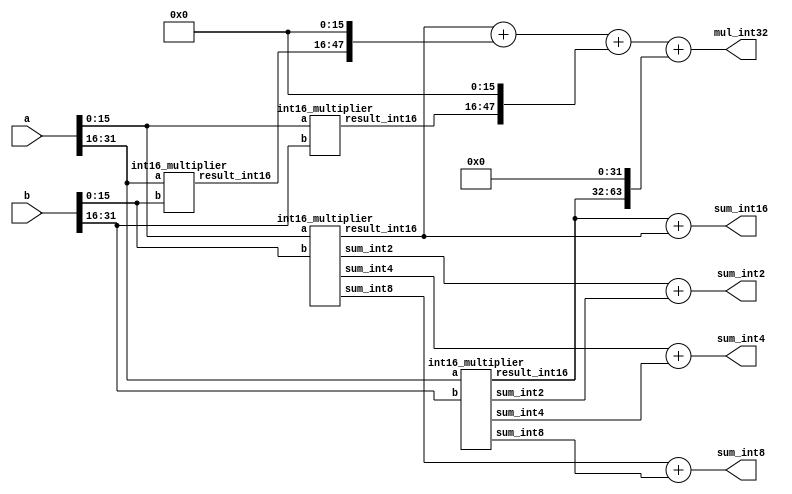

module dp32(
    input [31:0] a, b,
    output [63:0] mul_int32, 
    output [32:0]  sum_int16,
    output [17:0]  sum_int8,
    output [10:0]  sum_int4,
    output [7:0]  sum_int2
 );

wire [31:0] result_int16 [3:0];

wire [6:0]   sum_int2_0, sum_int2_1;
wire [9:0]   sum_int4_0, sum_int4_1;
wire [16:0]  sum_int8_0, sum_int8_1;

assign mul_int32 =    result_int16[0] + {result_int16[1], 16'b0} + {result_int16[2], 16'b0} + {result_int16[3], 32'b0};
assign sum_int16 =    result_int16[3] + result_int16[0];
assign sum_int8  =    sum_int8_0 + sum_int8_1;
assign sum_int4  =    sum_int4_0 + sum_int4_1;
assign sum_int2  =    sum_int2_0 + sum_int2_1;

int16_multiplier m0(.a(a[15:0]), .b(b[15:0]), 
.result_int16(result_int16[0]), 
.sum_int2(sum_int2_0), .sum_int4(sum_int4_0), .sum_int8(sum_int8_0)
);

int16_multiplier m1(.a(a[31:16]), .b(b[15:0]), 
.result_int16(result_int16[1])
// .sum_int2(sum_int2_1), .sum_int4(sum_int4_1), .sum_int8(sum_int8_1)
);

int16_multiplier m2(.a(a[15:0]), .b(b[31:16]), 
.result_int16(result_int16[2])
// .sum_int2(sum_int2_2), .sum_int4(sum_int4_2), .sum_int8(sum_int8_2)
);

int16_multiplier m3(.a(a[31:16]), .b(b[31:16]), 
.result_int16(result_int16[3]), 
.sum_int2(sum_int2_1), .sum_int4(sum_int4_1), .sum_int8(sum_int8_1)
);

endmodule

module int16_multiplier(
    input [15:0] a, b,
    output [31:0] result_int16,
    output [3:0] result_int2_0, result_int2_1, result_int2_2, result_int2_3,result_int2_4, result_int2_5, result_int2_6, result_int2_7,
    output [7:0] result_int4_0, result_int4_1, result_int4_2, result_int4_3,
    output [15:0] result_int8_0, result_int8_1,
    output [6:0] sum_int2,
    output [9:0] sum_int4,
    output [16:0] sum_int8
);

wire [15:0]  result_int8_2, result_int8_3;
// [7:0] x [7:0] => output results for int2, int4, and int8
eight_bit_multiplier m0(.result(result_int8_0), .result_int2_0(result_int2_0), .result_int2_1(result_int2_1), .result_int2_2(result_int2_2), .result_int2_3(result_int2_3), .result_int4_0(result_int4_0), .result_int4_1(result_int4_1), .a(a[7:0]), .b(b[7:0]));

// [15:8] x [7:0]
eight_bit_multiplier m1(.result(result_int8_1), .a(a[15:8]), .b(b[7:0]));

// [7:0] x [15:8]
eight_bit_multiplier m2(.result(result_int8_2), .a(a[7:0]), .b(b[15:8]));

// [15:8] x [15:8] => output results for int2, int4, and int8
eight_bit_multiplier m3(.result(result_int8_3), .result_int2_0(result_int2_4), .result_int2_1(result_int2_5), .result_int2_2(result_int2_6), .result_int2_3(result_int2_7), .result_int4_0(result_int4_2), .result_int4_1(result_int4_3), .a(a[15:8]), .b(b[15:8]));


assign result_int16 = result_int8_0 + {result_int8_1, 8'b0} + {result_int8_2, 8'b0} + {result_int8_3, 16'b0};
assign sum_int2 = result_int2_0 + result_int2_1 + result_int2_2 + result_int2_3 + result_int2_4 + result_int2_5 + result_int2_6 + result_int2_7;
assign sum_int4 = result_int4_0 + result_int4_1 + result_int4_2 + result_int4_3;
assign sum_int8 = result_int8_0 + result_int8_1;

endmodule


module eight_bit_multiplier(
    input [7:0] a, b,
    output [15:0] result, 
    output [3:0] result_int2_0, result_int2_1, result_int2_2, result_int2_3,
    output [7:0] result_int4_0, result_int4_1
);

wire [3:0] result0 [3:0]; 
wire [3:0] result1 [3:0]; 
wire [3:0] result2 [3:0]; 
wire [3:0] result3 [3:0]; 
// wire [3:0] result_int2_0, result_int2_1, result_int2_2, result_int2_3;
wire [7:0] result_int4_2, result_int4_3;

// four_bit_multiplier m0(a[3:0], b[3:0], result0);
two_bit_multiplier m0(a[1:0], b[1:0], result0[0]);
two_bit_multiplier m1(a[3:2], b[1:0], result0[1]);
two_bit_multiplier m2(a[1:0], b[3:2], result0[2]);
two_bit_multiplier m3(a[3:2], b[3:2], result0[3]);

assign result_int4_0 = result0[0] + {result0[1], 2'b00} + {result0[2], 2'b00} + {result0[3], 4'b00}; // first output of int4

// four_bit_multiplier m1(a[7:4], b[3:0], result1);
two_bit_multiplier m4(a[5:4], b[1:0], result1[0]);
two_bit_multiplier m5(a[7:6], b[1:0], result1[1]);
two_bit_multiplier m6(a[5:4], b[3:2], result1[2]);
two_bit_multiplier m7(a[7:6], b[3:2], result1[3]);

assign result_int4_1 = result1[0] + {result1[1], 2'b00} + {result1[2], 2'b00} + {result1[3], 4'b00};

// four_bit_multiplier m2(a[3:0], b[7:4], result2);
two_bit_multiplier m8(a[1:0], b[5:4], result2[0]);
two_bit_multiplier m9(a[3:2], b[5:4], result2[1]);
two_bit_multiplier m10(a[1:0], b[7:6], result2[2]);
two_bit_multiplier m11(a[3:2], b[7:6], result2[3]);

assign result_int4_2 = result2[0] + {result2[1], 2'b00} + {result2[2], 2'b00} + {result2[3], 4'b00}; 

// four_bit_multiplier m3(a[7:4], b[7:4], result3);
two_bit_multiplier m12(a[5:4], b[5:4], result3[0]);
two_bit_multiplier m13(a[7:6], b[5:4], result3[1]);
two_bit_multiplier m14(a[5:4], b[7:6], result3[2]);
two_bit_multiplier m15(a[7:6], b[7:6], result3[3]);


assign result_int4_3 = result0[0] + {result3[1], 2'b00} + {result3[2], 2'b00} + {result3[3], 4'b00}; // second output of int4


assign result_int2_0 = result0[0];
assign result_int2_1 = result0[3];
assign result_int2_2 = result3[0];
assign result_int2_3 = result3[3];

assign result = result_int4_0 + {result_int4_1, 4'b00} + {result_int4_2, 4'b00} + {{result_int4_1, 8'b00}};

endmodule

module two_bit_multiplier(
    // input clk, nrst, 
    input [1:0] a, b,
    output [3:0] result
);
// Brilliant circuit by Joy
// for clk:
//     if (!nrst)
//         result = a * b;
//     else
//         result += result

// always @ (posedge clk) begin
    // if (!nrst)
        // result <= 0;
    // else
      assign result = a * b; 
// end

endmodule